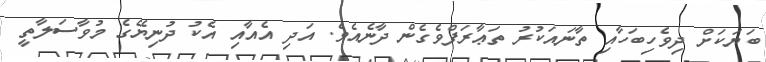
ބަޔަކަށް ދިވެހިބަހާއި ތާނައަކުރު ތަޢާރަފްވެގެން ދާނެއެވެ. އަދި އެއާއި އެކު ދުނިޔޭގެ މުވާސަލާތީ